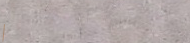
Stop Ahead